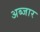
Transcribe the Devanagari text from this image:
अब्जार